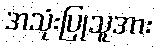
အသုံးပြုသူအား